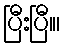
ပြီးပြီ။၊